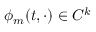
\phi _ { m } ( t , \cdot ) \in C ^ { k }